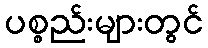
ပစ္စည်းများတွင်